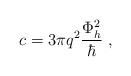
\begin{align*}c=3\pi q^2\frac{\Phi_h^2}{\hbar} \;,\end{align*}